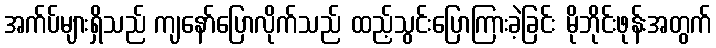
အက်ပ်များရှိသည် ကျနော်ပြောလိုက်သည် ထည့်သွင်းပြောကြားခဲ့ခြင်း မိုဘိုင်းဖုန်းအတွက်